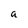
Character: a